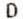
D